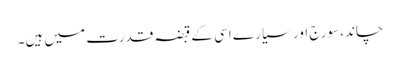
چاند، سورج اور سیارے اسی کے قبضہ قدرت میں ہیں۔